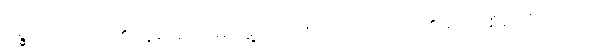
ဥဍ္ဍယှတေ၊ ပူ၏။ နရမတိ၊ မမွေ့လျော်။ ဘောဂါ၊ မင်း၏ စည်းစိမ်တို့သည်။